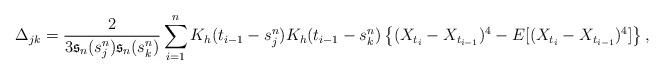
LaTeX: \begin{align*}\Delta_{jk}=\frac{2}{3\mathfrak{s}_n(s^n_j)\mathfrak{s}_n(s^n_k)}\sum_{i=1}^nK_h(t_{i-1}-s^n_j)K_h(t_{i-1}-s^n_k)\left\{(X_{t_i}-X_{t_{i-1}})^4-E[(X_{t_i}-X_{t_{i-1}})^4]\right\},\end{align*}